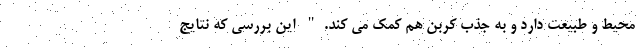
محیط و طبیعت دارد و به جذب کربن هم کمک می کند." این بررسی که نتایج